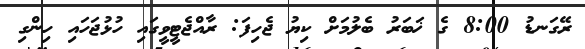
ރޭގަނޑު 8:00 ގެ ޚަބަރު ބެލުމަށް ކިޔު ޖެހިފަ: ރާއްޖެޓީވީގައި ހުޅުޖަހައި ހިންގި